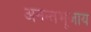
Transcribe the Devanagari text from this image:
अनन्तभूजाय